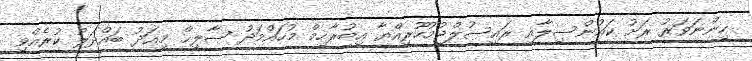
ހިންނަވަރު ރަށު ކައުންސިލާއި ރައީސުލްޖުމުހޫރިއްޔާ އިބުރާހިމް މުހައްމަދު ޞާލިޙް މިއަދު ބައްދަލު ކުރެއްވި